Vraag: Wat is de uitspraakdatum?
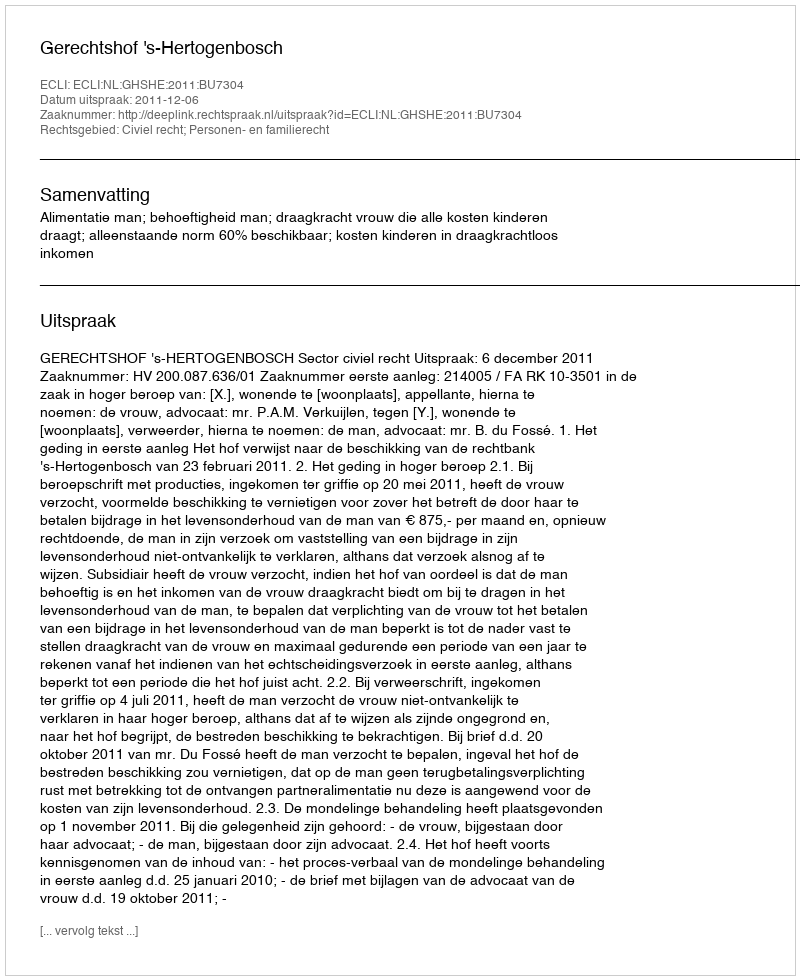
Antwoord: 2011-12-06